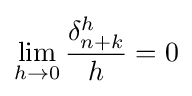
\lim _{h\to 0}{\frac {\delta _{n+k}^{h}}{h}}=0